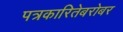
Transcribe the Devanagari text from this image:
पत्रकारितेबरोबर